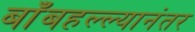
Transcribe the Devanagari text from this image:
बाँबहल्ल्यानंतर